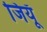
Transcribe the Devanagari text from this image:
जियूँ